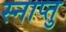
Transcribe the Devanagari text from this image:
स्नाप्तु